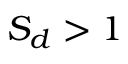
{ \cal S } _ { d } > 1